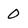
Character: O